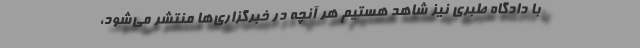
با دادگاه طبری نیز شاهد هستیم هر آنچه در خبرگزاری‌ها منتشر می‌شود،